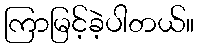
ကြာမြင့်ခဲ့ပါတယ်။